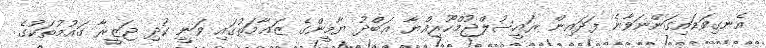
އެނގިވަޑައިގަންނަވާނެ ފަދައިން ރައީސުލްޖުމްހޫރިއްޔާ ޢަބްދު ޔާމީންގެ ޒަޢާމަތުގައި ވަނީ ކުދި ޖަޒީރާ ގައުމުތަކުގެ